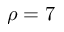
\rho = 7